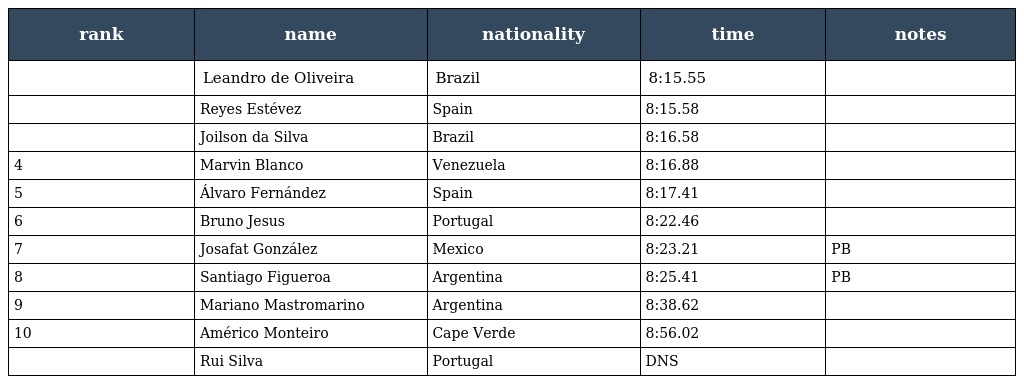
| rank | name | nationality | time | notes |
 | --- | --- | --- | --- | --- |
 |  | Leandro de Oliveira | Brazil | 8:15.55 |  |
 |  | Reyes Estévez | Spain | 8:15.58 |  |
 |  | Joilson da Silva | Brazil | 8:16.58 |  |
 | 4 | Marvin Blanco | Venezuela | 8:16.88 |  |
 | 5 | Álvaro Fernández | Spain | 8:17.41 |  |
 | 6 | Bruno Jesus | Portugal | 8:22.46 |  |
 | 7 | Josafat González | Mexico | 8:23.21 | PB |
 | 8 | Santiago Figueroa | Argentina | 8:25.41 | PB |
 | 9 | Mariano Mastromarino | Argentina | 8:38.62 |  |
 | 10 | Américo Monteiro | Cape Verde | 8:56.02 |  |
 |  | Rui Silva | Portugal | DNS |  |